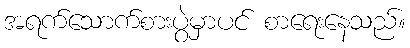
အရက်သောက်စားပွဲမှာပင် စာရေးနေသည်။